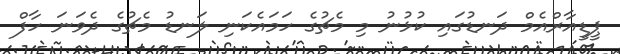
ޕީޑީއާރްއެމް ދަނޑުގައި ކުޅުނު މި މެޗުގެ ހަމައެކަނި ލަނޑު މެޗުގެ ދެވަނަ ހާފް